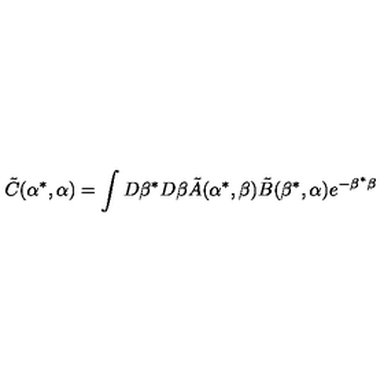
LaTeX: \tilde { C } ( \alpha ^ { * } , \alpha ) = \int D \beta ^ { * } D \beta \tilde { A } ( \alpha ^ { * } , \beta ) \tilde { B } ( \beta ^ { * } , \alpha ) e ^ { - \beta ^ { * } \beta }